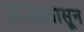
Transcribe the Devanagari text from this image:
१८१३पासून